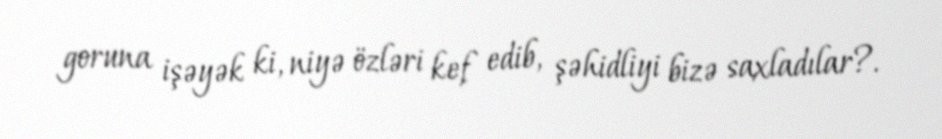
goruna işəyək ki, niyə özləri kef edib, şəhidliyi bizə saxladılar?.